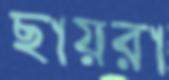
ছায়রা